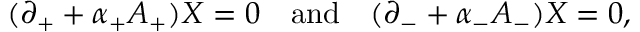
( \partial _ { + } + \alpha _ { + } A _ { + } ) X = 0 \quad \mathrm { a n d } \quad ( \partial _ { - } + \alpha _ { - } A _ { - } ) X = 0 ,